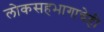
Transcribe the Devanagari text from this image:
लोकसहभागाचेही